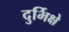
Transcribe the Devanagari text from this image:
दुर्भिक्षे